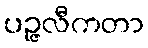
ပဉ္ဇလီကတာ